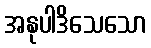
အနုပါဒိသေသော